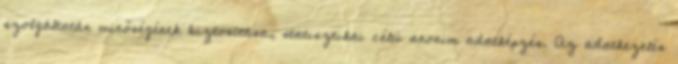
szolgáltatás minőségének biztosítása, statisztikai célú anonim adatképzés. Az adatkezelés